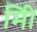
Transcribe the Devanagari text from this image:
मिी